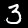
Label: 3